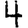
Digit: 4